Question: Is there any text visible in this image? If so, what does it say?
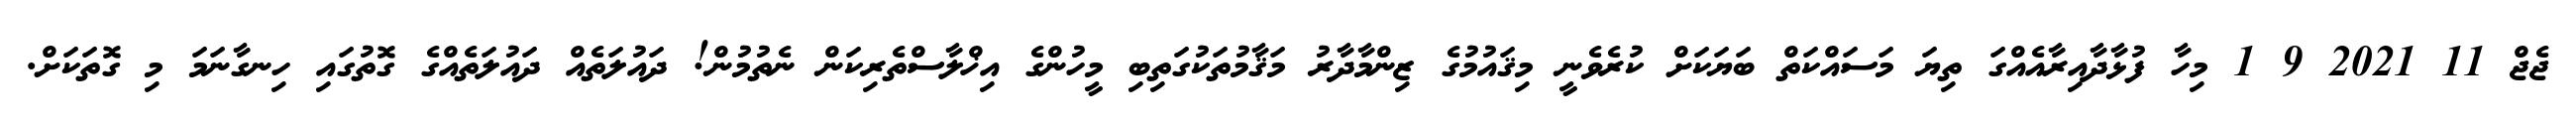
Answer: ޖެޖް 11 2021 9 1 މިހާ ފުޅާދާއިރާއެއްގަ ތިޔަ މަސައްކަތް ބަޔަކަށް ކުރެވެނީ މިޤައުމުގެ ޒިންމާދާރު މަޤާމުތަކުގަތިބި މީހުންގެ އިޚްލާސްތެރިކަން ނެތުމުން! ދައުލަތެއް ދައުލަތެއްގެ ގޮތުގައި ހިނގާނަމަ މި ގޮތަކަށް.